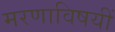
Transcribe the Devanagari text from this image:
मरणाविषयीं